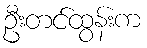
ဦးတင်ထွန်းက